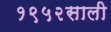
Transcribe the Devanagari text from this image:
१९५२साली